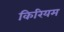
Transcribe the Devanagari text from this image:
किरियम